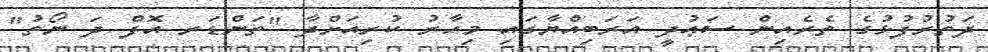
ދަތުރުފުޅުގެ ތެރެއިން ސަޢުދީ އަރަބިއްޔާގައި މިހާރު ކުރިއަށްދާ "ތަންޑަރ އޮފް ދަ ނޯތު"